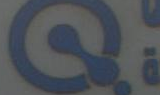
)